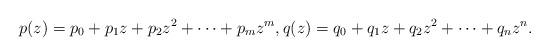
LaTeX: \begin{align*}p(z) = p_0 + p_1 z + p_2 z^2 + \cdots + p_m z^m, q(z) = q_0 + q_1 z + q_2 z^2 + \cdots + q_n z^n.\end{align*}